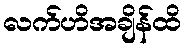
လက်ဟိအချိန်ထိ